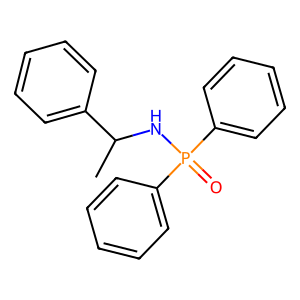
SMILES: CC(NP(=O)(c1ccccc1)c1ccccc1)c1ccccc1
Inhibits HIV replication: No